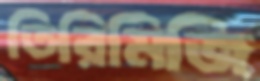
তিরিমিজি